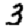
Digit: 3